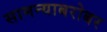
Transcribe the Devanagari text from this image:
सामन्याबरोबर